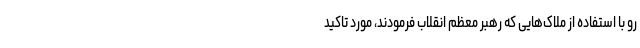
رو با استفاده از ملاک‌هایی که رهبر معظم انقلاب فرمودند، مورد تاکید